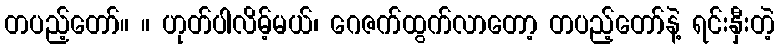
တပည့်တော်။ ။ ဟုတ်ပါလိမ့်မယ်၊ ဂေဇက်ထွက်လာတော့ တပည့်တော်နဲ့ ရင်းနှီးတဲ့